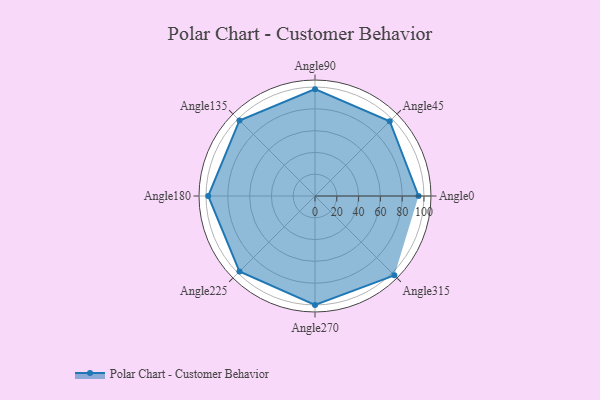
{"axis": {"x": "Angle", "y": "Radius"}, "legend": [""], "data": [{"x": "Angle0", "y": 95.0, "type": ""}, {"x": "Angle45", "y": 97.0, "type": ""}, {"x": "Angle90", "y": 98.0, "type": ""}, {"x": "Angle135", "y": 98.0, "type": ""}, {"x": "Angle180", "y": 98.0, "type": ""}, {"x": "Angle225", "y": 98.0, "type": ""}, {"x": "Angle270", "y": 100.0, "type": ""}, {"x": "Angle315", "y": 103.0, "type": ""}]}